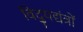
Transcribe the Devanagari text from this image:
विद्युद्यंत्रों